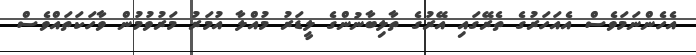
އެހެންނަމަވެސް އެއަހަރުގެ ތެރޭގައި އޭރުގެ ތާލިބާނުންގެ ލީޑަރު މުއްލާ އުމަރު މަރުވުމުން ވާހަކަތައްވެސް